Scientific memoirs by medical officers of the Army of India - Part II,
Year: 1886
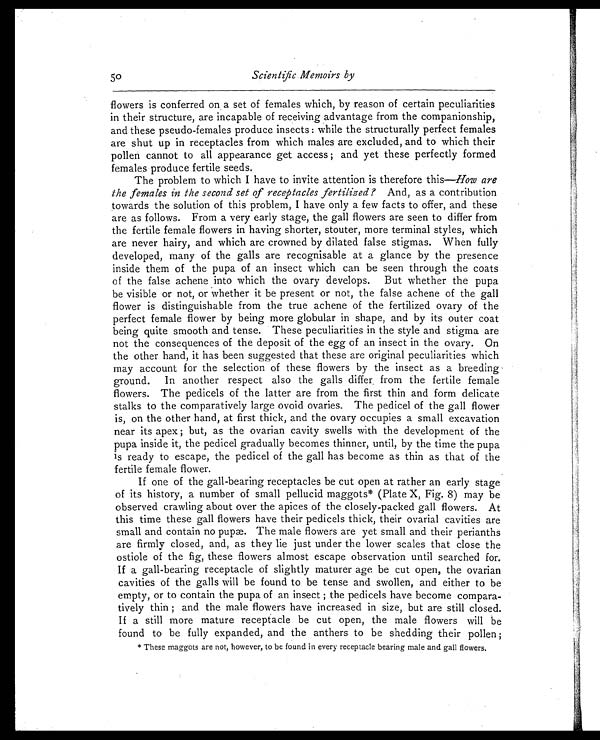
50 Scientific. Memoirs by
flowers is conferred on a set of females which, by reason of certain peculiarities
in their structure, are incapable of receiving advantage from the companionship,
and these pseudo-females produce insects: while the structurally perfect females
are shut up in receptacles from which males are excluded, and to which their
pollen cannot to all appearance get access; and yet these perfectly formed
females produce fertile seeds.
The problem to which I have to invite attention is therefore this—How are
the females in the second set of receptacles fertilized? And, as a contribution
towards the solution of this problem, I have only a few facts to offer, and these
are as follows. From a very early stage, the gall flowers are seen to differ from
the fertile female flowers in having shorter, stouter, more terminal styles, which
are never hairy, and which are crowned by dilated false stigmas. When fully
developed, many of the galls are recognisable at a glance by the presence
inside them of the pupa of an insect which can be seen through the coats
of the false achene into which the ovary develops. But whether the pupa
be visible or not, or whether it be present or not, the false achene of the gall
flower is distinguishable from the true achene of the fertilized ovary of the
perfect female flower by being more globular in shape, and by its outer coat
being quite smooth and tense. These peculiarities in the style and stigma are
not the consequences of the deposit of the egg of an insect in the ovary. On
the other hand, it has been suggested that these are original peculiarities which
may account for the selection of these flowers by the insect as a breeding
ground. In another respect also the galls differ from the fertile female
flowers. The pedicels of the latter are from the first thin and form delicate
stalks to the comparatively large ovoid ovaries. The pedicel of the gall flower
is, on the other hand, at first thick, and the ovary occupies a small excavation
near its apex; but, as the ovarian cavity swells with the development of the
pupa inside it, the pedicel gradually becomes thinner, until, by the time the pupa
is ready to escape, the pedicel of the gall has become as thin as that of the
fertile female flower.
If one of the gall-bearing receptacles be cut open at rather an early stage
of its history, a number of small pellucid maggots* (Plate X, Fig. 8) may be
observed crawling about over the apices of the closely-packed gall flowers. At
this time these gall flowers have their pedicels thick, their ovarial cavities are
small and contain no pupæ. The male flowers are yet small and their perianths
are firmly closed, and, as they lie just under the lower scales that close the
ostiole of the fig, these flowers almost escape observation until searched for.
If a gall-bearing receptacle of slightly maturer age be cut open, the ovarian
cavities of the galls will be found to be tense and swollen, and either to be
empty, or to contain the pupa of an insect; the pedicels have become compara-
tively thin; and the male flowers have increased in size, but are still closed.
If a still more mature receptacle be cut open, the male flowers will be
found to be fully expanded, and the anthers to be shedding their pollen;
* These maggots are not, however, to be found in every receptacle bearing male and gall flowers.